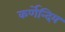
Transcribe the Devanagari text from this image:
कर्णेन्दिय